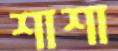
শাশা